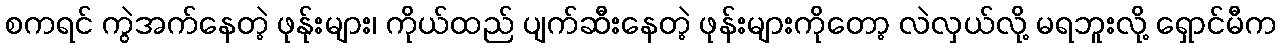
စကရင် ကွဲအက်နေတဲ့ ဖုန်ုးများ၊ ကိုယ်ထည် ပျက်ဆီးနေတဲ့ ဖုန်းများကိုတော့ လဲလှယ်လို့ မရဘူးလို့ ရှောင်မီက